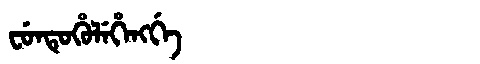
Manchu: ᠸᡠᠨᡨᡠᡥᡠᠯᡝᡥᡝᠩᡤᡝ
Romanization: FUNTUHULEHENGGE